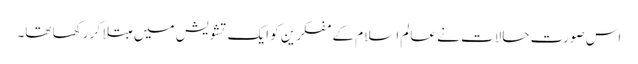
اس صورت حالات نے عالم اسلام کے مفکرین کو ایک تشویش میں مبتلا کر رکھا تھا۔